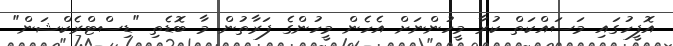
އޮފީހުގައި މަސައްކަތް ކުރާ މީހުންނަށް އެހެން މީހުންގެ ފަރާތުން މާ ބޮޑެތި "ޑިސްޓްރެކްޝަން"